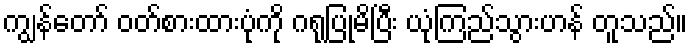
ကျွန်တော် ဝတ်စားထားပုံကို ဂရုပြုမိပြီး ယုံကြည်သွားဟန် တူသည်။